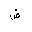
Letter: _dad